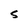
Character: 5